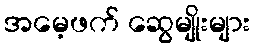
အမေ့ဖက် ဆွေမျိုးများ